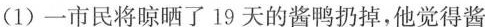
(1)一市民将晾晒了19天的酱鸭扔掉，他觉得酱